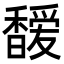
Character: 𩡖